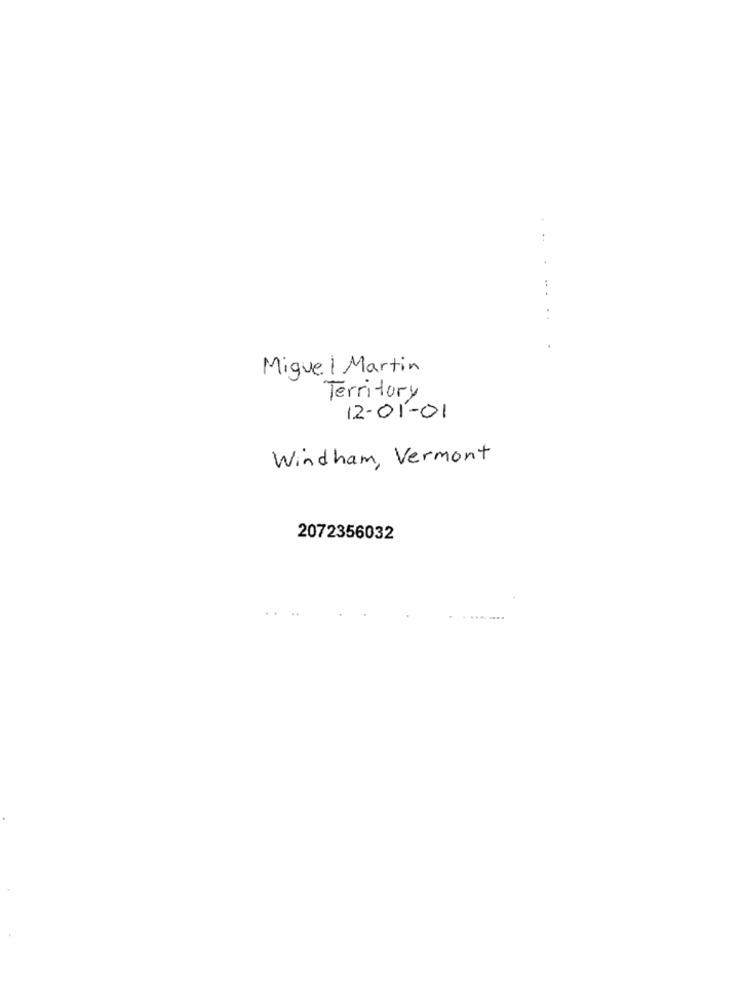
Miguel Martin
Territory
12-01-01
Windham, Vermont
2072356032
.....